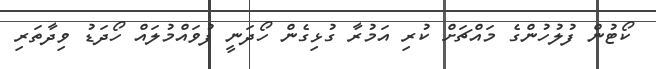
ކޯޓުން ފުލުހުންގެ މައްޗަށް ކުރި އަމުރާ ގުޅިގެން ހޯދަނީ ފުވައްމުލައް ހޯދަޑު ވިދާތަރި